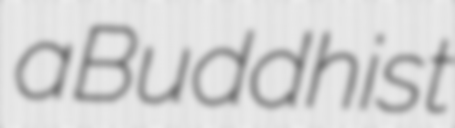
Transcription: a Buddhist